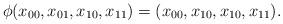
LaTeX: \begin{align*}\phi(x_{00}, x_{01}, x_{10}, x_{11})=(x_{00}, x_{10}, x_{10}, x_{11}).\end{align*}